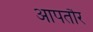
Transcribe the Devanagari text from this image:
आपतौर